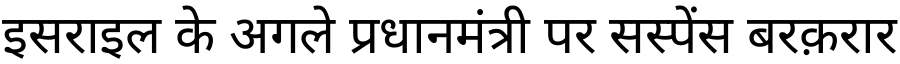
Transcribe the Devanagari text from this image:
इसराइल के अगले प्रधानमंत्री पर सस्पेंस बरक़रार